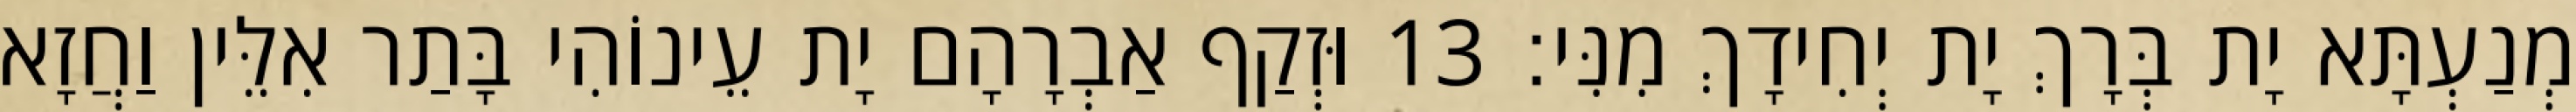
מְנַעְתָּא יָת בְּרָךְ יָת יְחִידָךְ מִנִּי׃ 13 וּזְקַף אַבְרָהָם יָת עֵינוֹהִי בָּתַר אִלֵּין וַחֲזָא